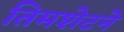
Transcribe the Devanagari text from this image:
तिमशेटने